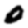
Digit: 0